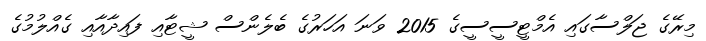
މިރޭގެ ޖަލްސާގައި އެމްޓީސީސީގެ 2015 ވަނަ އަހަރުގެ ބެލެންސް ޝީޓާއި ފައިދާއާއި ގެއްލުމުގެ